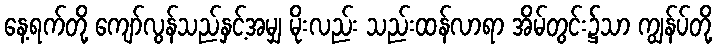
နေ့ရက်တို့ ကျော်လွန်သည်နှင့်အမျှ မိုးလည်း သည်းထန်လာရာ အိမ်တွင်း၌သာ ကျွန်ပ်တို့